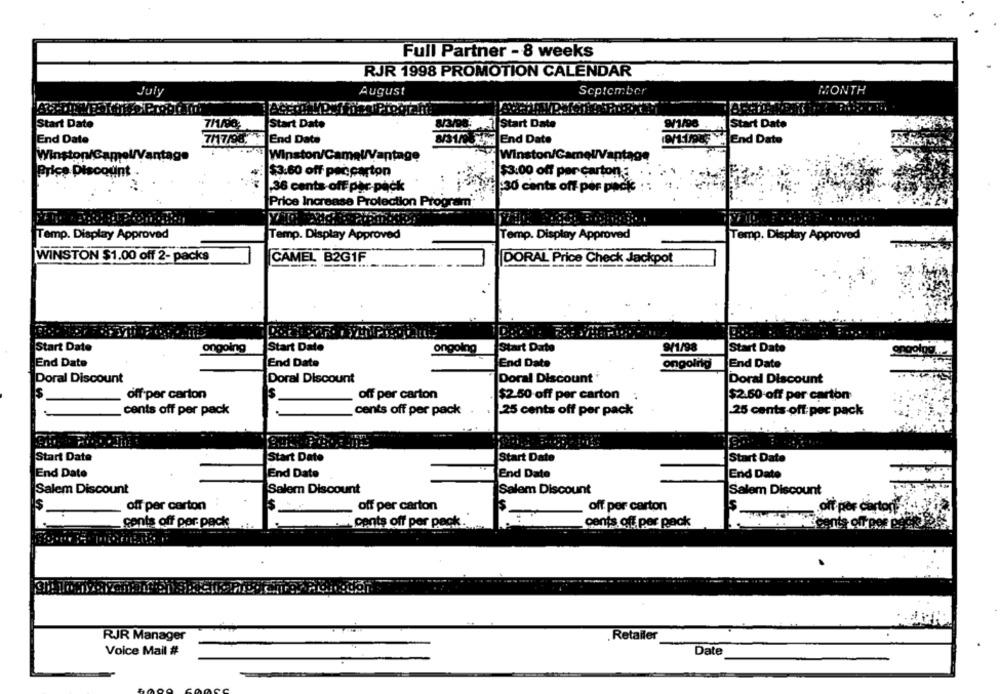
Full Partner - 8 weeks
RJR 1998 PROMOTION CALENDAR
MONTH
July
August
September
AC
Start Date
7/1/90
Start Date
8/3/99: Start Date
9/1/98
Start Date
End Date
7/17/98, End Date
8/31/ 259 End Date
End Date
Winston/Camel/Vantage
Winston/CameWVantage
Winston/CameW/Vantage
Price Discount .
$3.60 off peccarton
$3.00 off per carton :
.36 cents off pac pack
30 cents off per pack :: "1.
Price Increase Protection Program
Temp. Display Approved
Temp. Display Approved
Temp. Display Approved
Temp. Display Approved
WINSTON $1.00 off 2- packs
CAMEL B2GIF
DORAL Price Check Jackpot
9/1/98
Start Date
ongoing
Start Date
ongoing
Start Date
Start Date
End Date
End Date
End Date
ongoing
End Date
Doral Discount
Doral Discount
Doral Discount
Doral Discount
s
off per carton
Is
off per carton
$2.50 off per carton
$2.60 off per carton
cents off per pack
cents off per pack
25 cents off per pack
25 cents off per pack
Start Date
Start Date
Start Date
Start Date
End Date
End Date
End Date
End Date
Salem Discount
Salem Discount
Salem Discount
Salem Discount
's
off per carton
off per carton
off per carton
oft por cartoni
cents off per pack
" cents off per pack.
cents off per pack
Cents off per peck
. .
RJR Manager
Retailer
Voice Mail #
Date